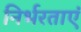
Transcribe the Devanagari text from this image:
निर्भरताएं